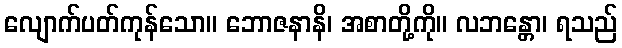
လျောက်ပတ်ကုန်သော။ ဘောဇနာနိ၊ အစာတို့ကို။ လဘန္တော၊ ရသည်